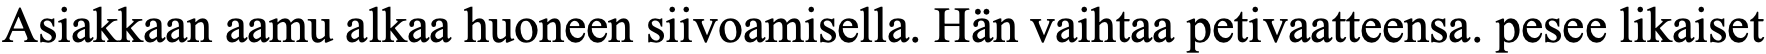
Asiakkaan aamu alkaa huoneen siivoamisella. Hän vaihtaa petivaatteensa. pesee likaiset